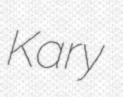
Kary